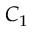
C _ { 1 }